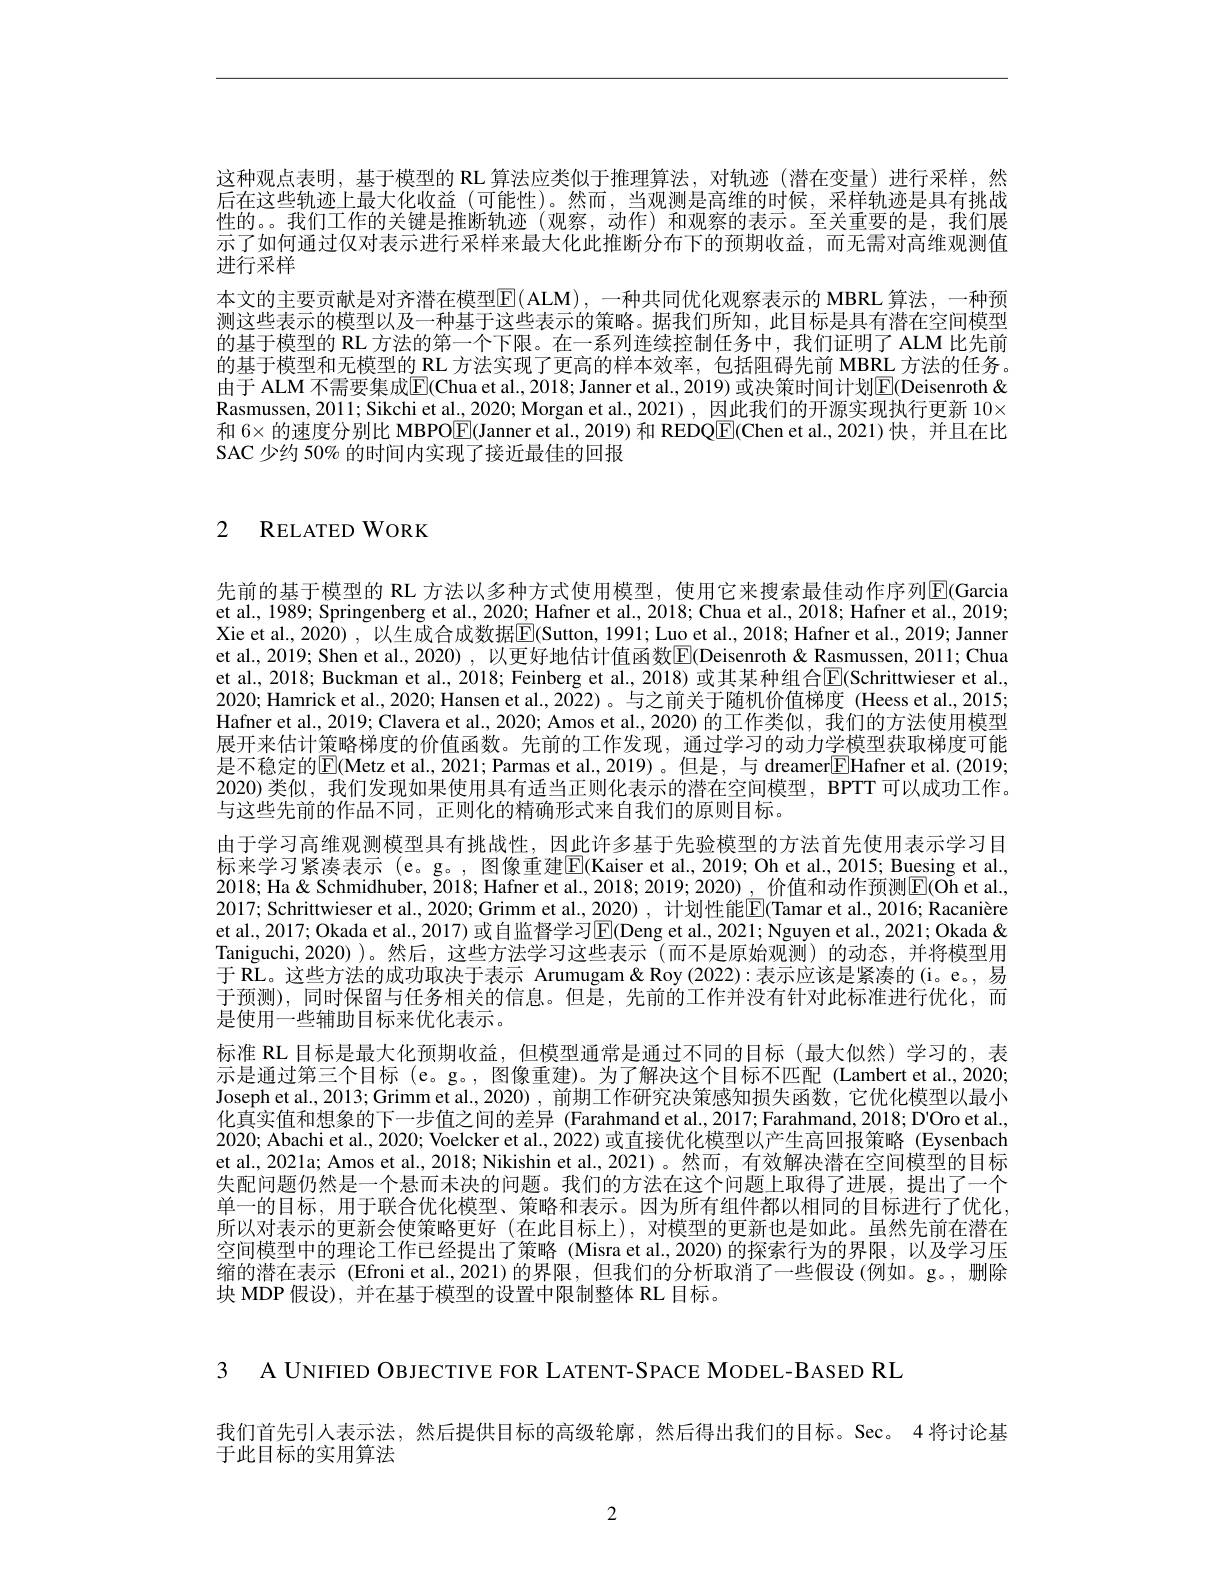
这种观点表明，基于模型的 RL 算法应类似于推理算法，对轨迹 (潜在变量)进行采样，然后在这些轨迹上最大化收益 (可能性)。然而，当观测是高维的时候，采样轨迹是具有挑战性的。我们工作的关键是推断轨迹(观察，动作)和观察的表示。至关重要的是，我们展示了如何通过仅对表示进行采样来最大化此推断分布下的预期收益，而无需对高维观测值进行采样
本文的主要贡献是对齐潜在模型$\overline {E}$( ALM) , 一种共同优化观察表示的 MBRL 算法，一种预测这些表示的模型以及一种基于这些表示的策略。据我们所知，此目标是具有潜在空间模型的基于模型的 RL 方法的第一个下限。在一系列连续控制任务中，我们证明了 ALM 比先前的基于模型和无模型的 RL 方法实现了更高的样本效率，包括阻碍先前 MBRL 方法的任务。由于 ALM 不需要集成E(Chua et al., 2018; Janner et al., 2019) 或决策时间计划F(Deisenroth & $\mathbf{R}$asmussen, 2011; Sikchi et al., 2020; Morgan et al., 2021), 因此我们的开源实现执行更新$10\times$ 和 6× 的速度分别比 MBPO$\boxed{\mathrm{E}}($Janner et al., 2019) 和 REDQ$\boxed{\mathrm{E}}($Chen et al.,2021)快，并且在比SAC 少约 50% 的时间内实现了接近最佳的回报

2 RELATEDWORK

先前的基于模型的 RL 方法以多种方式使用模型，使用它来搜索最佳动作序列$\mathbb{E}$(Garcia et al., 1989; Springenberg et al., 2020; Hafner et al., 2018; Chua et al., 2018; Hafner et al., 2019; Xie et al., 2020) , 以生成合成数据$\overline{\mathrm{E}}($Sutton, 1991; Luo et al., 2018; Hafner et al., 2019; Janner et al., 2019; Shen et al., 2020) , 以更好地估计值函数$\boxed{\mathrm{E}}$(Deisenroth &Rasmussen, 2011; Chua et al., 2018; Buckman et al., 2018; Feinberg et al., 2018) 或其某种组合E(Schrittwieser et al. , 2020; Hamrick et al., 2020; Hansen et al., 2022) 。与之前关于随机价值梯度 (Heess et al., 2015; Hafner et al., 2019; Clavera et al., 2020; Amos et al., 2020) 的工作类似，我们的方法使用模型展开来估计策略梯度的价值函数。先前的工作发现，通过学习的动力学模型获取梯度可能是不稳定的$\boxed{\mathrm{E}}($Metz et al, 2021; Parmas et al., 2019)。但是，与 dreamer$\boxed{\mathrm{F}}$Hafner et al. (2019; 2020)类似，我们发现如果使用具有适当正则化表示的潜在空间模型，BPTT 可以成功工作。与这些先前的作品不同，正则化的精确形式来自我们的原则目标。
由于学习高维观测模型具有挑战性，因此许多基于先验模型的方法首先使用表示学习目$\begin{array}{l}\text{标来学习紧凑表示 (e。g。, 图像重建[E](Kaiser et al., 2019; Oh et al., 2015; Buesing et al.}\\\text{2018; Ha' Ha' Schmidhuber, 2018; Hafner et al.}&2018;2019;2020),\text{ 价值和动作预测}\mathbb{E}(\mathrm{Oh~et~al.},\end{array}$ 2017; Schrittwieser et al., 2020; Grimm et al., 2020) , 计划性能$\underline{\mathrm{E}}($Tamar et al., 2016; Racanière et al., 2017; Okada et al., 2017) 或自监督学习$\overline{\mathrm{E}}($Deng et al., 2021; Nguyen et al., 2021; Okada & Taniguchi,2020))。然后，这些方法学习这些表示(而不是原始观测)的动态，并将模型用于 RL。这些方法的成功取决于表示 Arumugam & Roy (2022):表示应该是紧凑的 (i。e。, 易于预测),同时保留与任务相关的信息。但是，先前的工作并没有针对此标准进行优化，而是使用一些辅助目标来优化表示。
标准 RL 目标是最大化预期收益，但模型通常是通过不同的目标(最大似然)学习的，表示是通过第三个目标(e。g。, 图像重建)。为了解决这个目标不匹配(Lambert et al.,2020; Joseph et al., 2013; Grimm et al., 2020) , 前期工作研究决策感知损失函数，它优化模型以最小化真实值和想象的下一步值之间的差异 (Farahmand et al.,2017; Farahmand, 2018; D'Oro et al., 2020; Abachi et al., 2020; Voelcker et al., 2022) 或直接优化模型以产生高回报策略 (Eysenbach et al., 2021a; Amos et al., 2018; Nikishin et al., 2021)。然而，有效解决潜在空间模型的目标失配问题仍然是一个悬而未决的问题。我们的方法在这个问题上取得了进展，提出了一个单一的目标，用于联合优化模型、策略和表示。因为所有组件都以相同的目标进行了优化， 所以对表示的更新会使策略更好(在此目标上),对模型的更新也是如此。虽然先前在潜在空间模型中的理论工作已经提出了策略 (Misra et al.,2020) 的探索行为的界限，以及学习压缩的潜在表示 (Efroni et al.,2021)的界限，但我们的分析取消了一些假设(例如。g。,删除块 MDP 假设), 并在基于模型的设置中限制整体 RL 目标。

3 A UNIFIED OBJECTIVE FOR LATENT-SPACE MODEL-BASED RL

我们首先引人表示法，然后提供目标的高级轮廓，然后得出我们的目标。Sec。4将讨论基

于此目标的实用算法

2